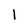
Character: 1